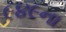
૯૪૯ના